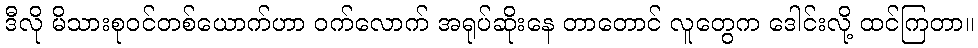
ဒီလို မိသားစုဝင်တစ်ယောက်ဟာ ဝက်လောက် အရုပ်ဆိုးနေ တာတောင် လူတွေက ဒေါင်းလို့ ထင်ကြတာ။